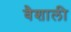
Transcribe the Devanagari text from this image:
बैशाली